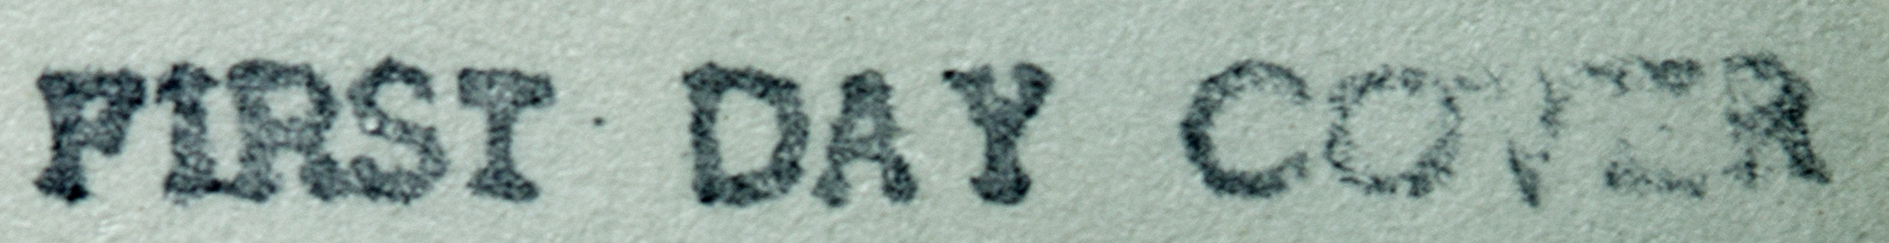
PIRST DAY COVER